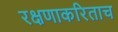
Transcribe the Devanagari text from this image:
रक्षणाकरिताच